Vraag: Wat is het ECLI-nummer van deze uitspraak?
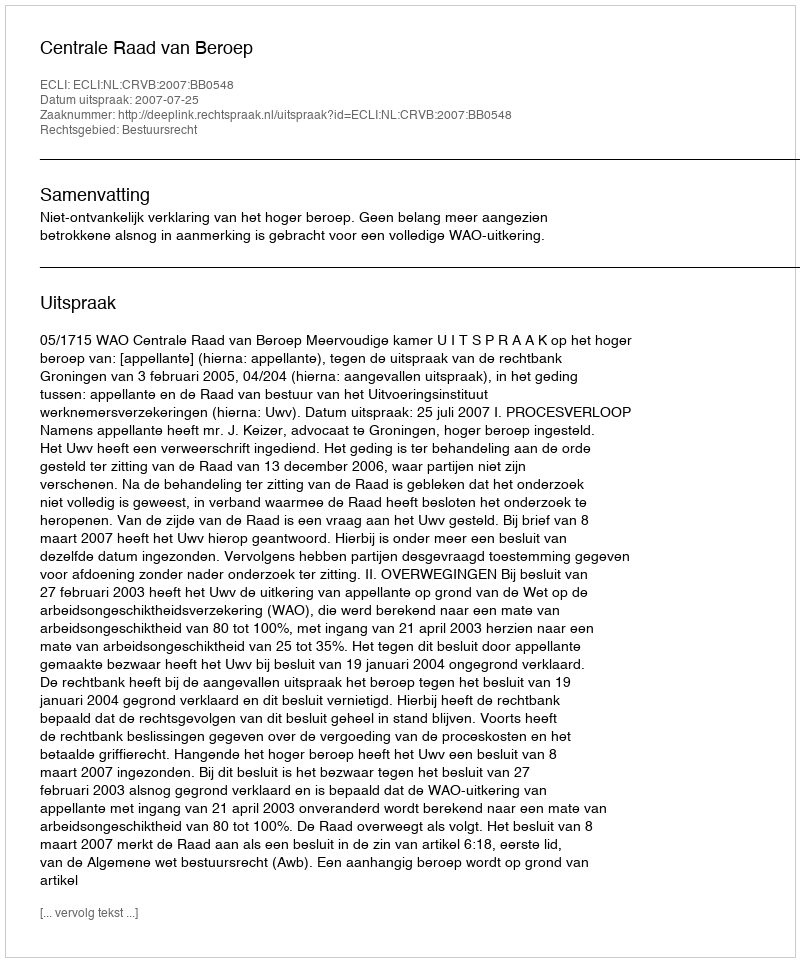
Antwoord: ECLI:NL:CRVB:2007:BB0548